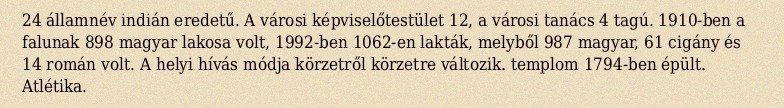
24 államnév indián eredetű. A városi képviselőtestület 12, a városi tanács 4 tagú. 1910-ben a falunak 898 magyar lakosa volt, 1992-ben 1062-en lakták, melyből 987 magyar, 61 cigány és 14 román volt. A helyi hívás módja körzetről körzetre változik. templom 1794-ben épült. Atlétika.